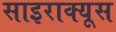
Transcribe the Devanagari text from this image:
साइराक्यूस